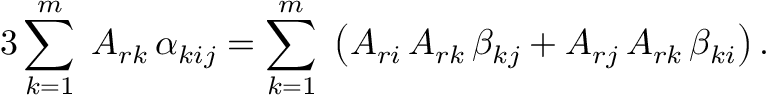
3 \sum _ { k = 1 } ^ { m } \; A _ { r k } \, \alpha _ { k i j } = \sum _ { k = 1 } ^ { m } \; \left( A _ { r i } \, A _ { r k } \, \beta _ { k j } + A _ { r j } \, A _ { r k } \, \beta _ { k i } \right) .